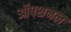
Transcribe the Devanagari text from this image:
ऑपशनल